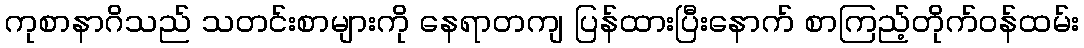
ကုစာနာဂိသည် သတင်းစာများကို နေရာတကျ ပြန်ထားပြီးနောက် စာကြည့်တိုက်ဝန်ထမ်း